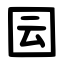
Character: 囩